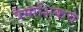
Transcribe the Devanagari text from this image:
त्रैमाशिकचे